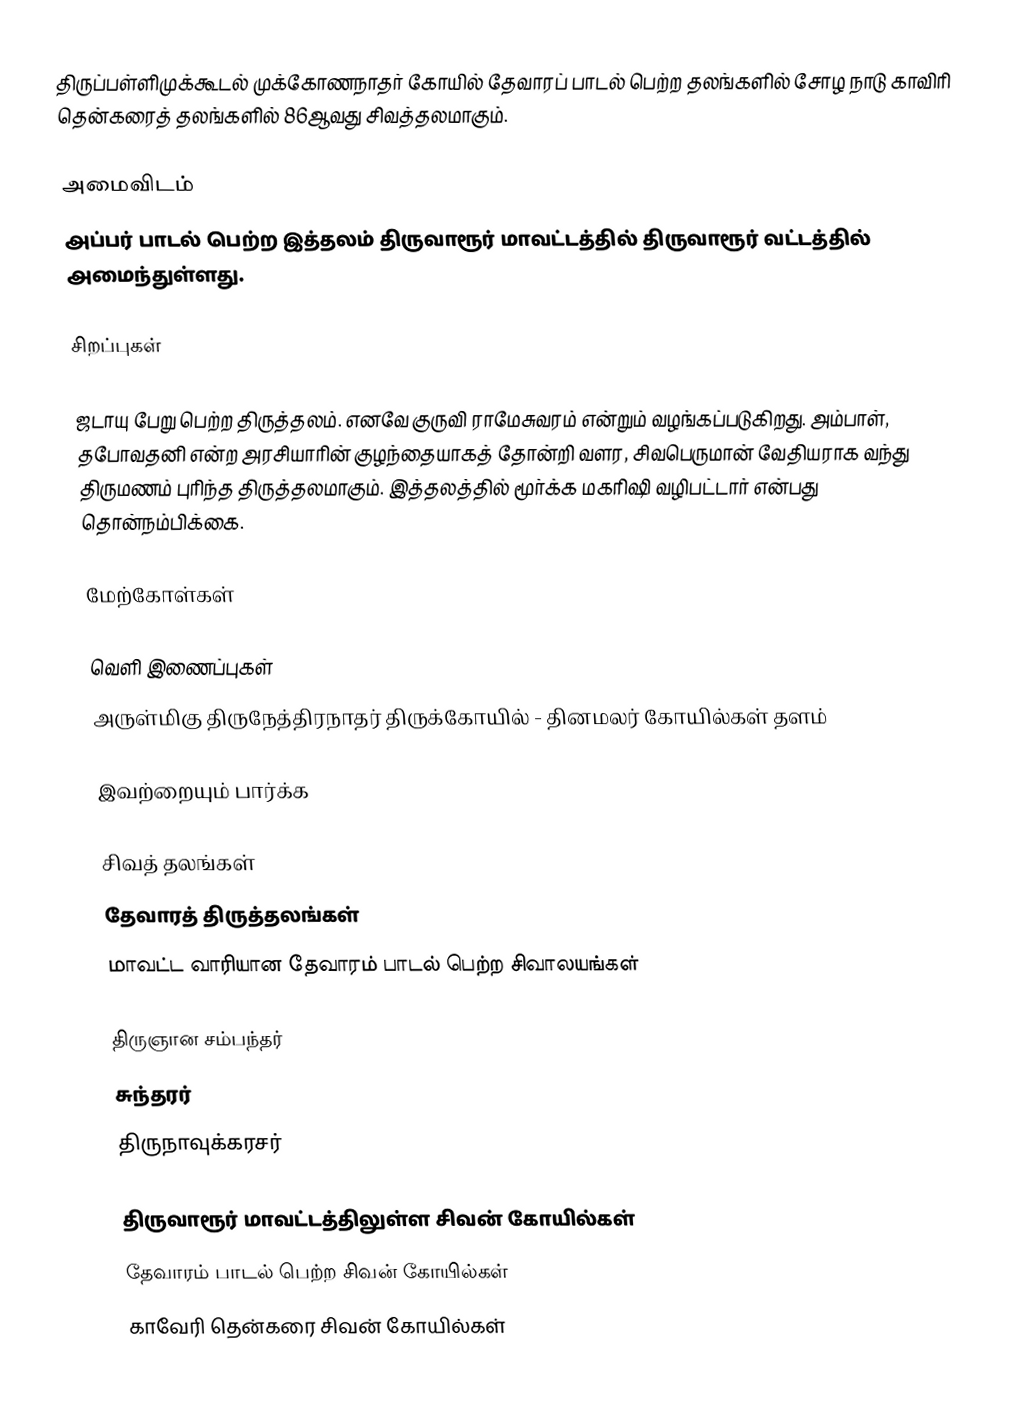
திருப்பள்ளிமுக்கூடல் முக்கோணநாதர் கோயில் தேவாரப் பாடல் பெற்ற தலங்களில் சோழ நாடு காவிரி தென்கரைத் தலங்களில் 86ஆவது சிவத்தலமாகும்.

அமைவிடம்
அப்பர் பாடல் பெற்ற இத்தலம் திருவாரூர் மாவட்டத்தில்  திருவாரூர் வட்டத்தில் அமைந்துள்ளது.

சிறப்புகள்

ஜடாயு பேறு பெற்ற திருத்தலம். எனவே குருவி ராமேசுவரம் என்றும் வழங்கப்படுகிறது. அம்பாள், தபோவதனி என்ற அரசியாரின் குழந்தையாகத் தோன்றி வளர, சிவபெருமான் வேதியராக வந்து திருமணம் புரிந்த திருத்தலமாகும். இத்தலத்தில் மூர்க்க மகரிஷி வழிபட்டார் என்பது தொன்நம்பிக்கை.

மேற்கோள்கள்

வெளி இணைப்புகள்
அருள்மிகு திருநேத்திரநாதர் திருக்கோயில் - தினமலர் கோயில்கள் தளம்

இவற்றையும் பார்க்க

 சிவத் தலங்கள்
 தேவாரத் திருத்தலங்கள்
 மாவட்ட வாரியான தேவாரம் பாடல் பெற்ற சிவாலயங்கள்

 திருஞான சம்பந்தர்
 சுந்தரர்
 திருநாவுக்கரசர்

திருவாரூர் மாவட்டத்திலுள்ள சிவன் கோயில்கள்
தேவாரம் பாடல் பெற்ற சிவன் கோயில்கள்
காவேரி தென்கரை சிவன் கோயில்கள்